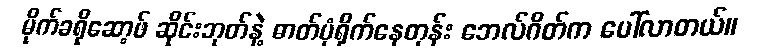
မိုက်ခရိုဆော့ဖ် ဆိုင်းဘုတ်နဲ့ ဓာတ်ပုံရိုက်နေတုန်း ဘေလ်ဂိတ်က ပေါ်လာတယ်။